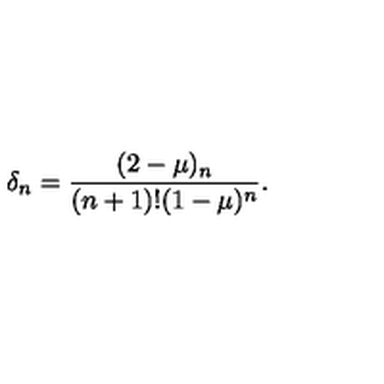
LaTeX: \delta _ { n } = \frac { ( 2 - \mu ) _ { n } } { ( n + 1 ) ! ( 1 - \mu ) ^ { n } } .